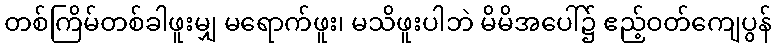
တစ်ကြိမ်တစ်ခါဖူးမျှ မရောက်ဖူး၊ မသိဖူးပါဘဲ မိမိအပေါ်၌ ဧည့်ဝတ်ကျေပွန်